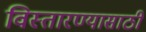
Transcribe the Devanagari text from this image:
विस्तारण्यासाठी